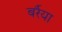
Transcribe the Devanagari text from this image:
बर्रैया